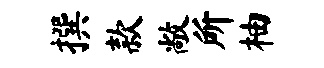
撰款敞所柚